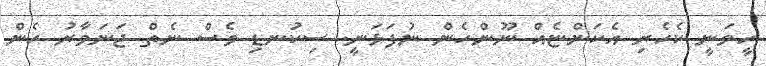
ހީވަނީ ކެހެރި އެކަންޏެއް ނޫންހެން ނުފަޅަނީ. ސިކުނޑި ވެސް ނެތް ޖަނަވާރު ހެން